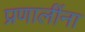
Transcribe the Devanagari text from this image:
प्रणालींना